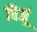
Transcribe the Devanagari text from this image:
विजूं